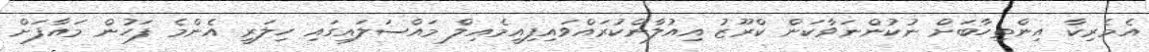
އެމެރިކާ އިންތިހާބަށް ނުކުންނަވާކަން ކްރޫޒު އިއުލާންކުރައްވައިފިއީމެއިލް މައްސަލައިގައި ހިލަރީ އެންމެ ފަހުން މައާފަށް